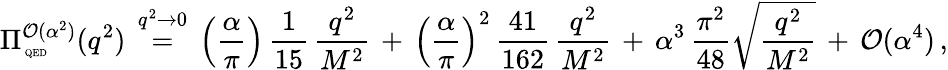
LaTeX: \Pi_{\mathrm{\tiny~QED}}^{{\cal{O}}(\alpha^{2})}(q^{2})\, \stackrel{q^{2}\to 0}{=}\, \Big(\frac{\alpha}{\pi}\Big)\, \frac{1}{15}\, \frac{q^{2}}{M^{2}}\, +\, \Big(\frac{\alpha}{\pi}\Big)^{2}\, \frac{41}{162}\, \frac{q^{2}}{M^{2}}\, +\, \alpha^{3}\, \frac{\pi^{2}}{48}\sqrt{\frac{q^{2}}{M^{2}}}\, +\, {\cal{O}}(\alpha^{4})\, ,